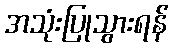
အသုံးပြုသွားရန်